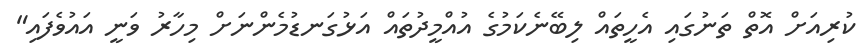
ކުރިއަށް އޮތް ތަނުގައި އެހީތައް ލިބޭނެކަމުގެ އުއްމީދުތައް އަޅުގަނޑުމެންނަށް މިހާރު ވަނީ އައުވެފައި"